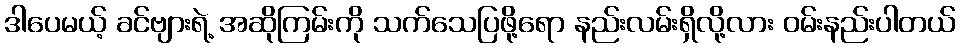
ဒါပေမယ့် ခင်ဗျားရဲ့ အဆိုကြမ်းကို သက်သေပြဖို့ရော နည်းလမ်းရှိလို့လား ဝမ်းနည်းပါတယ်